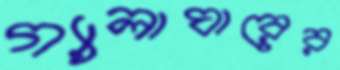
গ্যালাঘারের